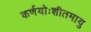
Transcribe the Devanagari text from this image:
कर्णयोःशीतमायु